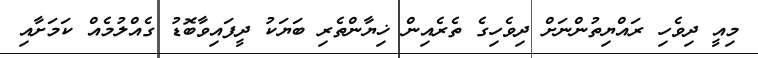
މިއީ ދިވެހި ރައްޔިތުންނަށް ދިވެހިގެ ތެރެއިން ޚިޔާންތެރި ބަޔަކު ދީފައިވާބޮޑު ގެއްލުމެއް ކަމަށާއި